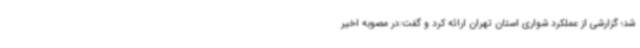
شد؛ گزارشی از عملکرد شواری استان تهران ارائه کرد و گفت:در مصوبه اخیر